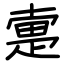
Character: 疐